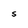
Character: S